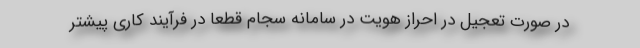
در صورت تعجیل در احراز هویت در سامانه سجام قطعا در فرآیند کاری پیشتر